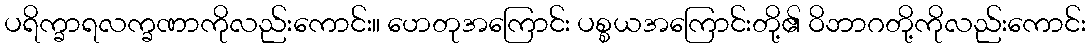
ပရိက္ခာရလက္ခဏာကိုလည်းကောင်း။ ဟေတုအကြောင်း ပစ္စယအကြောင်းတို့၏ ဝိဘာဂတို့ကိုလည်းကောင်း